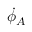
{ \dot { \phi } } _ { A }